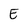
Character: E